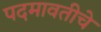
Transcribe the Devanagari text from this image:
पदमावतीचे